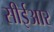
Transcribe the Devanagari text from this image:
सीईआर